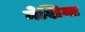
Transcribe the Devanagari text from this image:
नेशिया